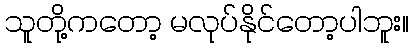
သူတို့ကတော့ မလုပ်နိုင်တော့ပါဘူး။